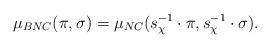
LaTeX: \begin{align*}\mu_{BNC}(\pi, \sigma) = \mu_{NC}(s^{-1}_\chi \cdot \pi, s^{-1}_\chi \cdot \sigma).\end{align*}